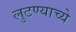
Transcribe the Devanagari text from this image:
लुटण्याच्ये